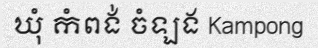
ឃុំ កំពង់ ចំឡង Kampong